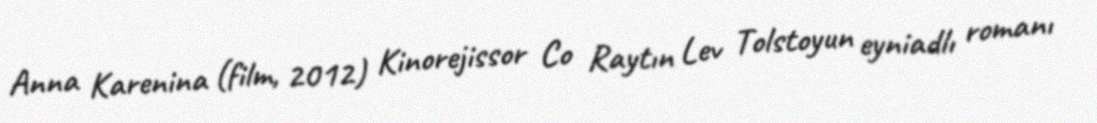
Anna Karenina (film, 2012) Kinorejissor Co Raytın Lev Tolstoyun eyniadlı romanı